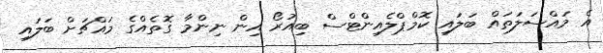
އެ މައްސަލަތައް ބަލައި ކޮމްޕްލެއިންޓްސް ބިއުރޯ އިން ނިންމާ ގޮތެއްގެ މައްޗަށް ބަލައި